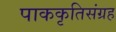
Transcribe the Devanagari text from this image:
पाककृतिसंग्रह